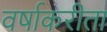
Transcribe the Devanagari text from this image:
वर्षाकरीता